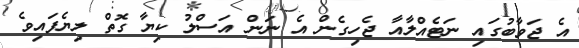
އެ ޖަވާބުގައި ނަޓެއްލާއާ ޖެހިގެން އެ ނަން އަސްލު ކިޔާ ގޮތް ލިޔެފައިވެ